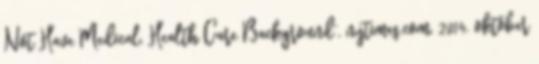
Not Have Medical, Health Care Background”, nytimes.com, 2014. október